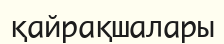
қайрақшалары